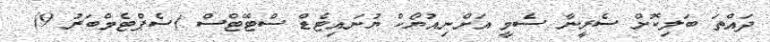
ދައްތަ ބަލިކޮށް ސެރީނާ ސެމީ އަށްނިއުޔޯކް ޔުނައިޓެޑް ސްޓޭޓްސް (ސެޕްޓެމްބަރު 9)